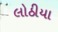
લોઠીયા